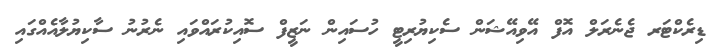
ޑިރެކްޓަރ ޖެނެރަލް އޮފް އޭވިއޭޝަން ސެކިޔުރިޓީ ހުސައިން ނަޒީފް ސޮއިކުރައްވައި ނެރުނު ސާކިޔުލާއެއްގައި